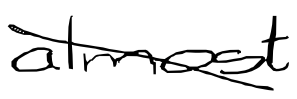
Text: almost
Cross-out: diagonal
Writing tool: digital_black